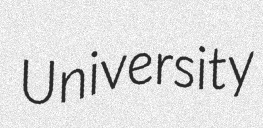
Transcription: University